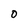
Character: O